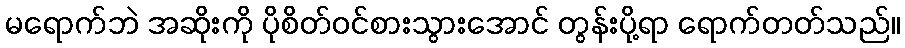
မရောက်ဘဲ အဆိုးကို ပိုစိတ်ဝင်စားသွားအောင် တွန်းပို့ရာ ရောက်တတ်သည်။